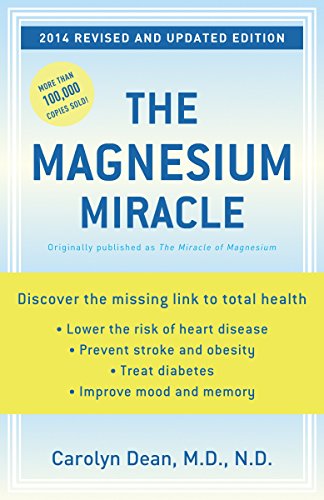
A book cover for The Magnesium Miracle (Revised and Updated Edition); Carolyn Dean; Health, Fitness & Dieting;